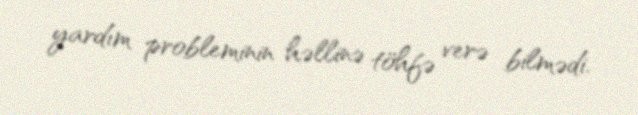
yardım probleminin həllinə töhfə verə bilmədi.